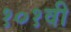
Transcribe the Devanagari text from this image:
१०१वी